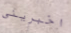
اخبريني